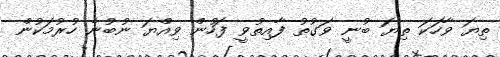
ތިޔަ ވާހަކަ ތިޔަ ބުނީ ވަގުތު ފާއިތުވީ ފަހުން ވިއްޔަ ނުބުނެ ހުރުމަކުން